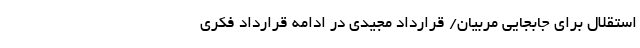
استقلال برای جابجایی مربیان/ قرارداد مجیدی در ادامه قرارداد فکری